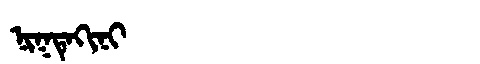
Manchu: ᠨᡳᡴᡨᡝᡴᡳᠨᡳ
Romanization: NIKTEKINI